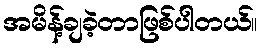
အမိန့်ချခဲ့တာဖြစ်ပါတယ်။